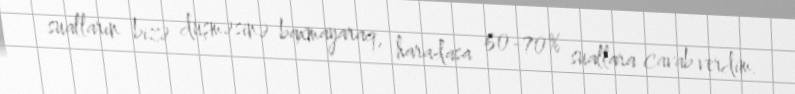
sualların bizə düşməsinə baxmayaraq, haradasa 60-70% suallara cavab verdim.